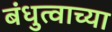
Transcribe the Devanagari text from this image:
बंधुत्वाच्या